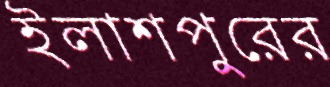
ইলাশপুরের